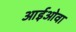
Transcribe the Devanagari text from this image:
आईओवा